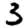
Digit: 3